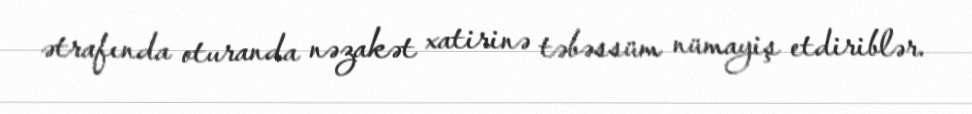
ətrafında oturanda nəzakət xatirinə təbəssüm nümayiş etdiriblər.